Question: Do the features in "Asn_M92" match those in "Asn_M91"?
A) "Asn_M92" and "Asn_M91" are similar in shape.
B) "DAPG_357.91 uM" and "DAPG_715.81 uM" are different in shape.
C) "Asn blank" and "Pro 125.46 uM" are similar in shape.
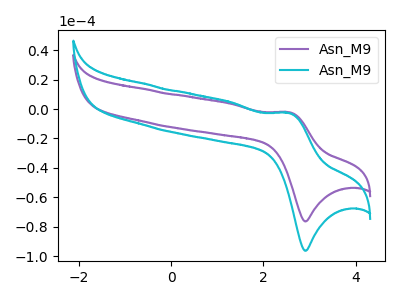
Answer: <think>The purple curve "Asn_M91" has an anodic peak at (2.55V, -2.15uA) and a cathodic peak at (2.90V, -76.45uA). The cyan curve "Asn_M92" has an anodic peak at (2.55V, -2.70uA) and a cathodic peak at (2.90V, -96.40uA).
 All the peaks in "Asn_M92" have a peak in "Asn_M91" at the same potential.</think>
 <answer>A) "Asn_M92" and "Asn_M91" are similar in shape.</answer>
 <eval>A</eval>